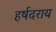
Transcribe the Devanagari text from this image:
हर्षदराय